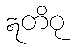
ဣတိဝု